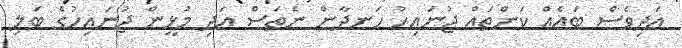
އަދިވެސް ބައެއް ކަންތައް ޖުނައިހު ހަނދާން ނެތަސް އަދި މުޅީން ޖުނައިހުގެ ބަލި